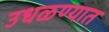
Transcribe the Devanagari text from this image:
उधळण्यात